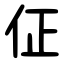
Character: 佂